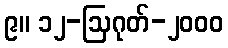
၉။ ၁၂-ဩဂုတ်-၂၀၀၀